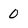
Character: 0